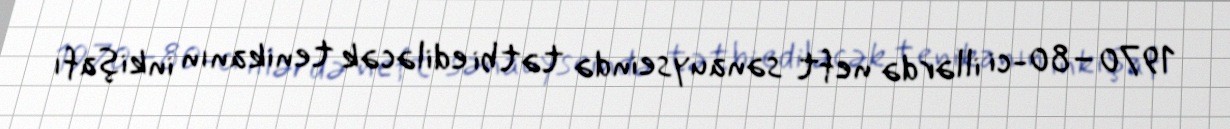
1970–80-ci illərdə neft sənauyseində tətbi ediləcək tenikanın inkişafı